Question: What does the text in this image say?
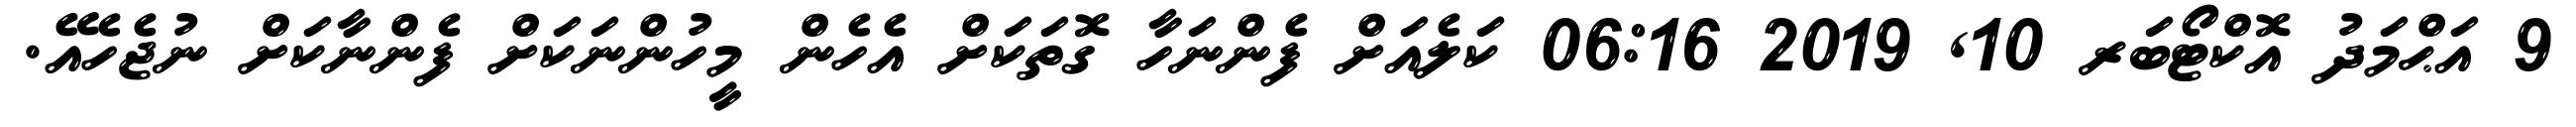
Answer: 9 އަޙްމަދު އޮކްޓޯބަރ 10, 2019 06:16 ކަލެއަށް ފެންނަހާ ގޮތަކަށް އެހެން މީހުންނަކަށް ފެންނާކަށް ނުޖެހެއޭ.